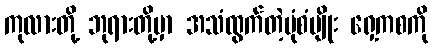
ကုလားတို့ ဘုရားတို့မှာ အသံထွက်တဲ့ပုံစံမျိုး ရှေ့ကစကို